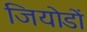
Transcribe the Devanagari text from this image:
जियोडों